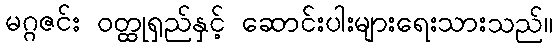
မဂ္ဂဇင်း ဝတ္ထုရှည်နှင့် ဆောင်းပါးများရေးသားသည်။